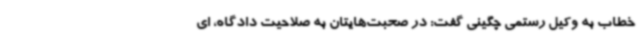
خطاب به وکیل رستمی چگینی گفت: در صحبت‌هایتان به صلاحیت دادگاه، ای